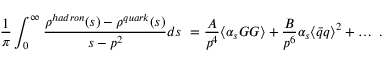
\frac 1 { \pi } \int _ { 0 } ^ { \infty } { \frac { \rho ^ { h a d r o n } ( s ) - \rho ^ { q u a r k } ( s ) } { s - p ^ { 2 } } } d s \ = \frac { A } { p ^ { 4 } } \langle \alpha _ { s } G G \rangle + \frac { B } { p ^ { 6 } } \alpha _ { s } \langle \bar { q } q \rangle ^ { 2 } + \ldots \ .